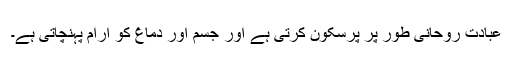
عبادت روحانی طور پر پرسکون کرتی ہے اور جسم اور دماغ کو آرام پہنچاتی ہے۔